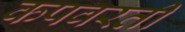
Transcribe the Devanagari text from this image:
कपवरती